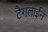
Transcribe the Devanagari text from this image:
टैगलाईन